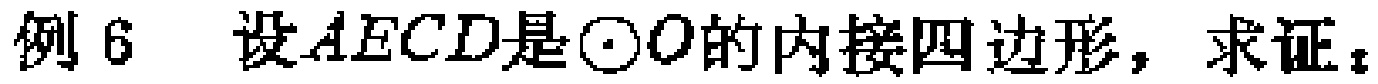
例6 设\(AECD\)是\(\odot O\)的内接四边形，求证：